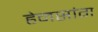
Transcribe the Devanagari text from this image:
हेनसांग